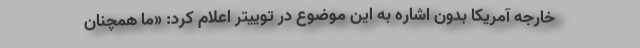
خارجه آمریکا بدون اشاره به این موضوع در توییتر اعلام کرد: «ما همچنان